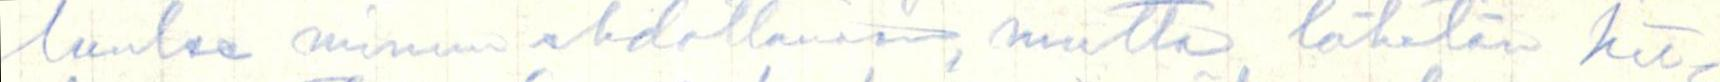
luulee minun ehdottavan, mutta lähetän kir-